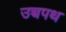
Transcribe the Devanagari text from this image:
उच्चपथ